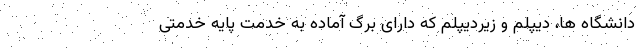
دانشگاه ها، دیپلم و زیردیپلم که دارای برگ آماده به خدمت پایه خدمتی